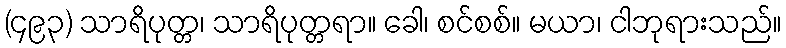
(၄၉၃) သာရိပုတ္တ၊ သာရိပုတ္တရာ။ ခေါ၊ စင်စစ်။ မယာ၊ ငါဘုရားသည်။